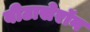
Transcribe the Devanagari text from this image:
बीटासेरॉन